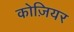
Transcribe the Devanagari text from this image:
कोज़ियर